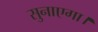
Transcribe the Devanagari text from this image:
सुनाएगा।